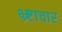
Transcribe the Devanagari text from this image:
भ्र्ष्टाचार